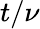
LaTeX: t/\nu